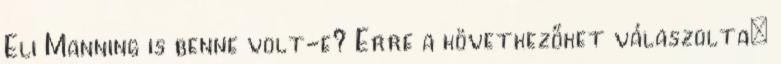
Eli Manning is benne volt-e? Erre a következőket válaszolta: